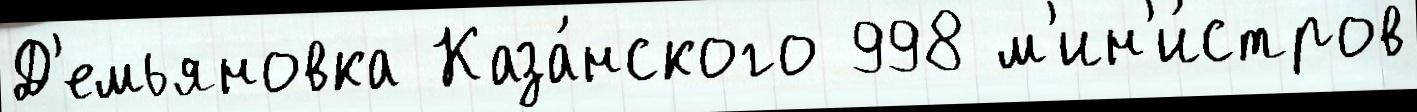
Д'емьяновка Каза́нского 998 м'ин'и́стров